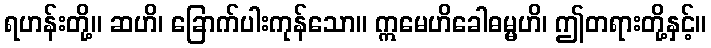
ရဟန်းတို့။ ဆဟိ၊ ခြောက်ပါးကုန်သော။ ဣမေဟိခေါဓမ္မဟိ၊ ဤတရားတို့နှင့်။